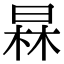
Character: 𣇰